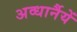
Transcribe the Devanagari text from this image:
अव्धार्नैयें